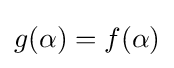
g(\alpha )=f(\alpha )